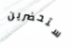
ستحضرين